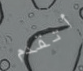
أتقدم